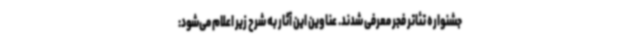
جشنواره تئاتر فجر معرفی شدند. عناوین این آثار به شرح زیر اعلام می‌شود: